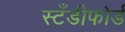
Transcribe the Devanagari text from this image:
स्टँडीफोर्ड